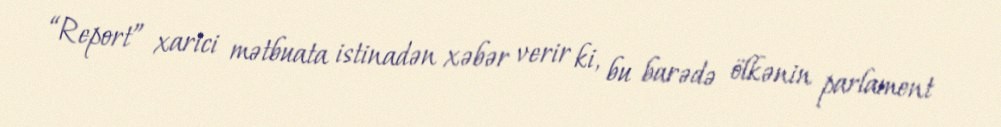
“Report” xarici mətbuata istinadən xəbər verir ki, bu barədə ölkənin parlament